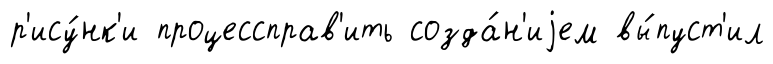
р'ису́нк'и процессправ'ить созда́н'иjем вы́пуст'ил